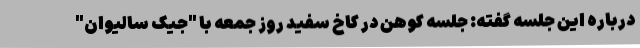
درباره این جلسه گفته: جلسه کوهن در کاخ سفید روز جمعه با "جیک سالیوان"